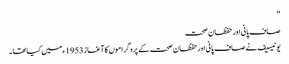
‘‘
صاف پانی اور حفظان صحت
یونیسیف نے صاف پانی اور حفظان صحت کے پروگراموں کا آغاز 1953ء میں کیا تھا۔